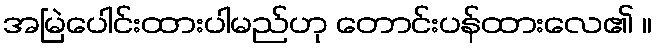
အမြဲပေါင်းထားပါမည်ဟု တောင်းပန်ထားလေ၏ ။